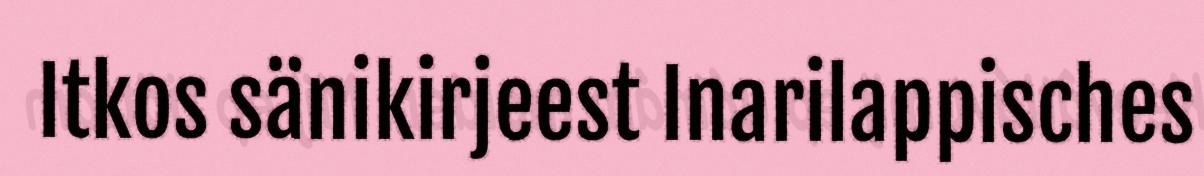
Itkos sänikirjeest Inarilappisches